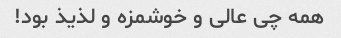
همه چى عالى و خوشمزه و لذیذ بود!